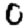
Digit: 0